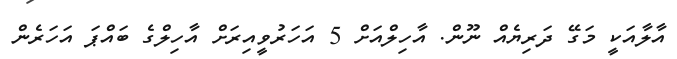
އާލާއަކީ މަގޭ ދަރިޔެއް ނޫން. އާހިލްއަށް 5 އަހަރުވީއިރަށް އާހިލްގެ ބައްޕަ އަހަރެން